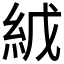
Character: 𬗇